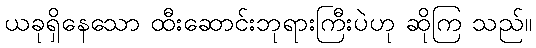
ယခုရှိနေသော ထီးဆောင်းဘုရားကြီးပဲဟု ဆိုကြ သည်။